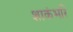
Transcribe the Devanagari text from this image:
शाकंभरि